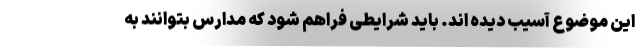
این موضوع آسیب دیده اند. باید شرایطی فراهم شود که مدارس بتوانند به